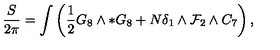
\frac { S } { 2 \pi } = \int \left( \frac { 1 } { 2 } G _ { 8 } \wedge * G _ { 8 } + N \delta _ { 1 } \wedge { \cal F } _ { 2 } \wedge C _ { 7 } \right) ,